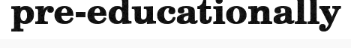
pre-educationally